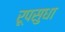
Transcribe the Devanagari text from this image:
रूपसुधा